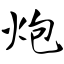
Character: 炮